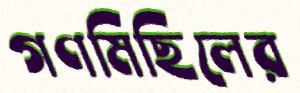
গণমিছিলের